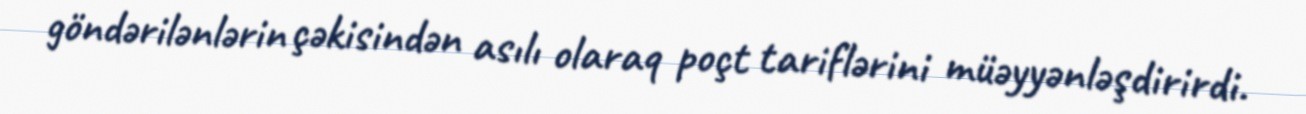
göndərilənlərin çəkisindən asılı olaraq poçt tariflərini müəyyənləşdirirdi.